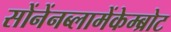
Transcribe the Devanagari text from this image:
सोंनेंनब्लामेंकेम्ब्रोट